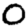
Digit: 0